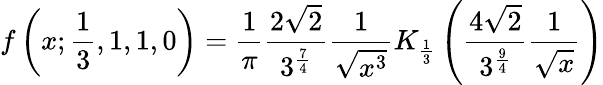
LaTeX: f\left(x;{\frac{1}{3}},1,1,0\right)={\frac{1}{\pi}}{\frac{2{\sqrt{2}}}{3^{\frac{7}{4}}}}{\frac{1}{\sqrt{x^{3}}}}K_{\frac{1}{3}}\left({\frac{4{\sqrt{2}}}{3^{\frac{9}{4}}}}{\frac{1}{\sqrt{x}}}\right)